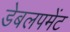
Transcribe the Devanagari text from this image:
डेबलपमेंट